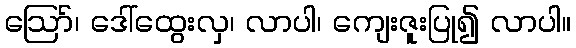
ဪ၊ ဒေါ်ထွေးလှ၊ လာပါ၊ ကျေးဇူးပြု၍ လာပါ။